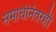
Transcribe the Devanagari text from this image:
समाधीनंतरही